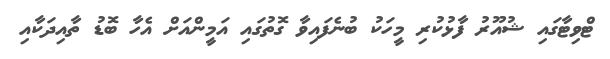
ޓްވިޓާގައި ޝުއޫރު ފާޅުކުރި މީހަކު ބުނެފައިވާ ގޮތުގައި އަމީންއަށް އެހާ ބޮޑު ތާއިދަކާއި